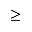
\ge